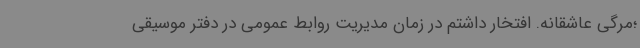
؛مرگی عاشقانه. افتخار داشتم در زمان مدیریت روابط عمومی در دفتر موسیقی